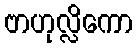
ဗာဟုလ္လိကော